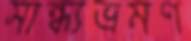
সান্ধ্যভ্রমণ